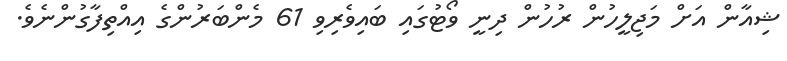
ޝިއާން އަށް މަޖިލީހުން ރުހުން ދިނީ ވޯޓުގައި ބައިވެރިވި 61 މެންބަރުންގެ އިއްތިފާގުންނެވެ.